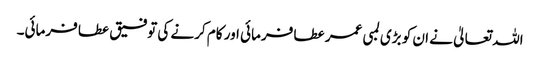
اللہ تعالیٰ نے ان کو بڑی لمبی عمر عطا فرمائی اور کام کرنے کی توفیق عطا فرمائی۔